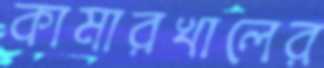
কামারখালের